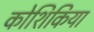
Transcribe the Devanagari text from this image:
कोशिकिया